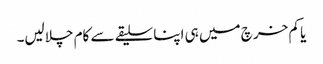
یا کم خرچ میں ہی اپنا سلیقے سے کام چلالیں۔